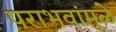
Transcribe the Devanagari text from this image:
पराभवांमूळे